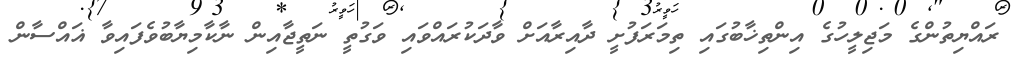
ރައްޔިތުންގެ މަޖިލީހުގެ އިންތިޚާބުގައި ތިމަރަފުށީ ދާއިރާއަށް ވާދަކުރައްވައި ވަގުތީ ނަތީޖާއިން ނާކާމިޔާބުވެފައިވާ ޣައްސާން